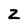
Character: 2